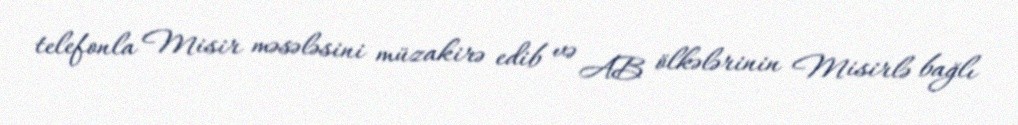
telefonla Misir məsələsini müzakirə edib və AB ölkələrinin Misirlə bağlı